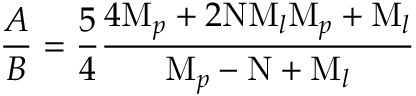
{ \frac { A } { B } } = { \frac { 5 } { 4 } } { \frac { 4 \mathrm { M } _ { p } + 2 \mathrm { N } \mathrm { M } _ { l } \mathrm { M } _ { p } + \mathrm { M } _ { l } } { \mathrm { M } _ { p } - \mathrm { N } + \mathrm { M } _ { l } } }